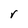
Character: r